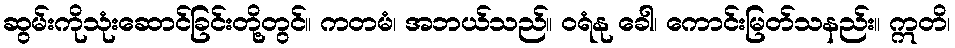
ဆွမ်းကိုသုံးဆောင်ခြင်းတို့တွင်။ ကတမံ၊ အဘယ်သည်။ ဝရံနု ခေါ၊ ကောင်းမြတ်သနည်း။ ဣတိ၊